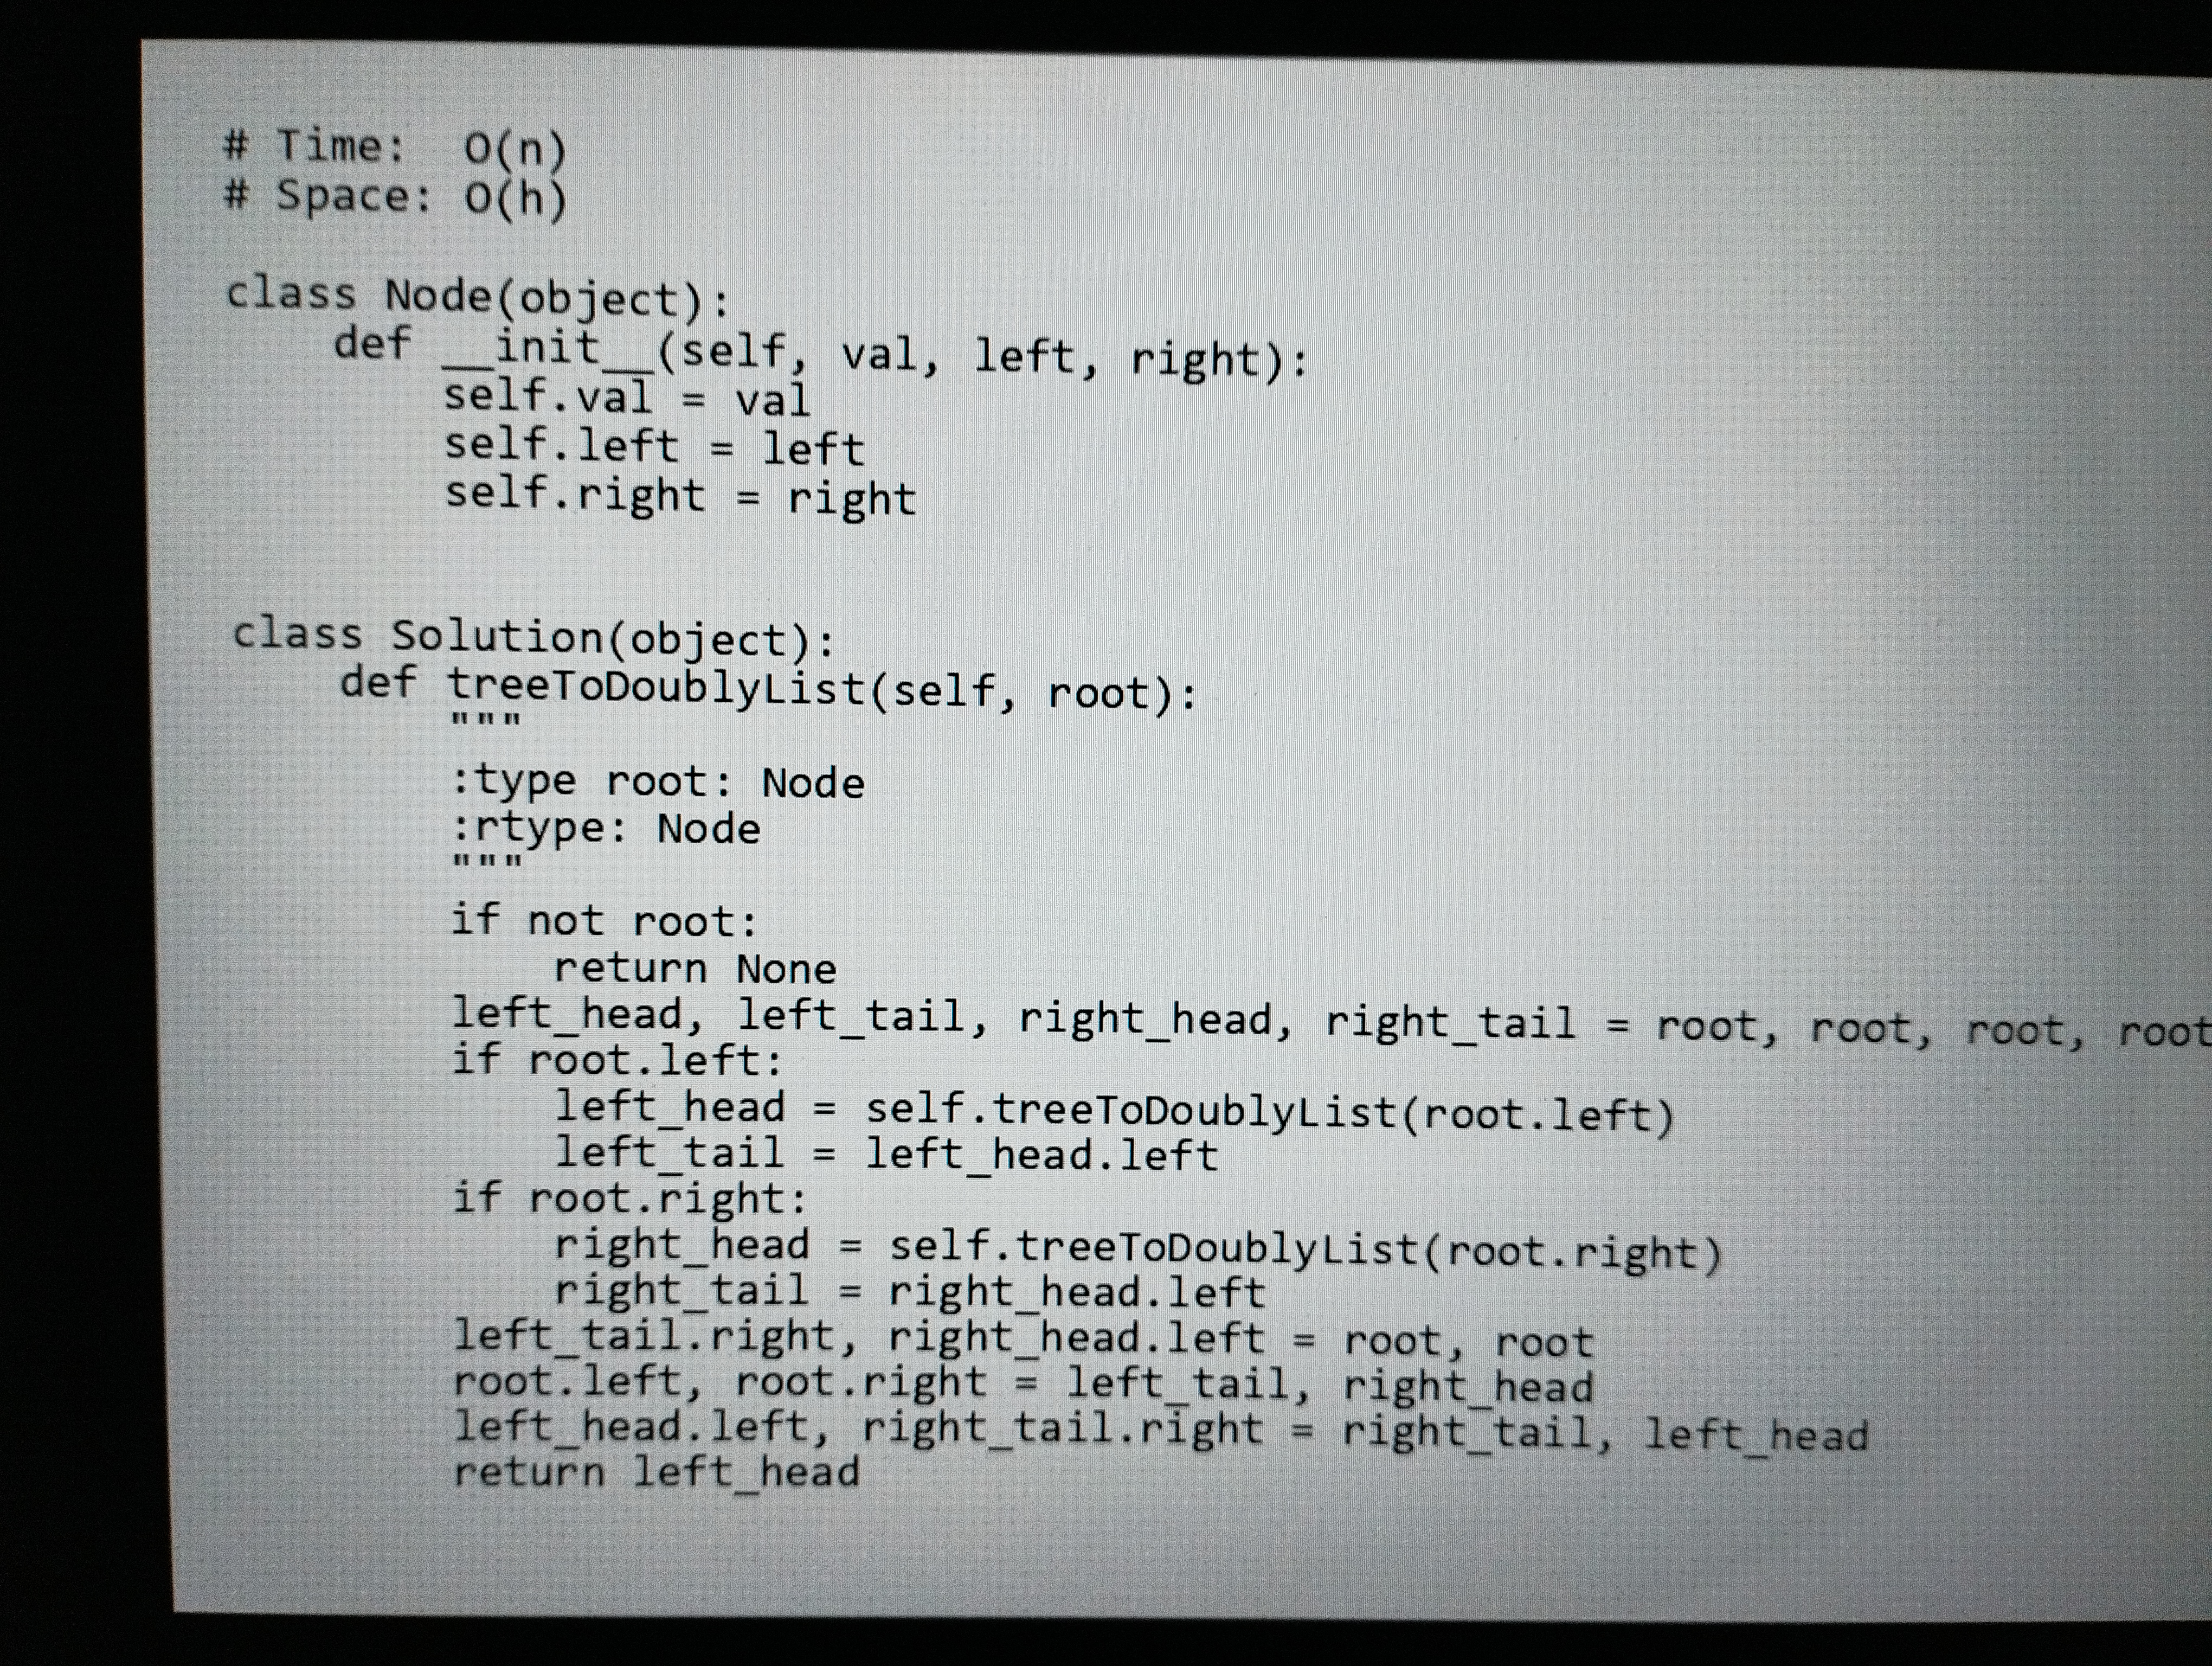
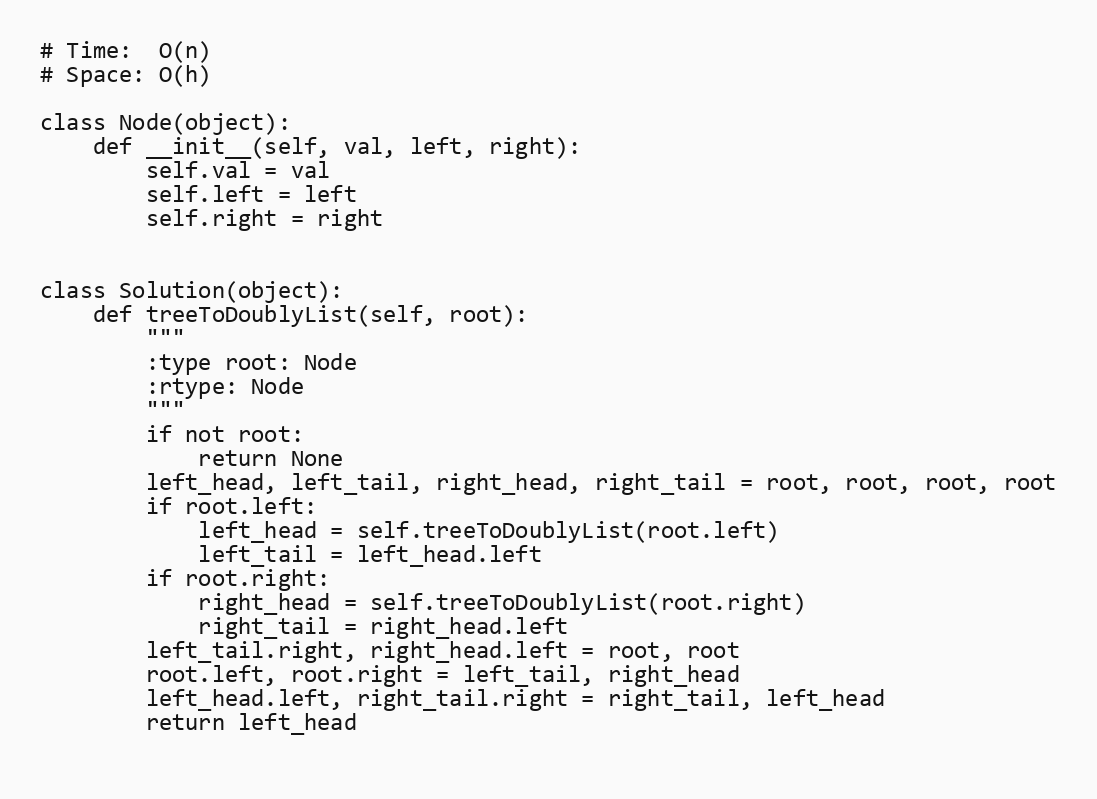
# Time:  O(n)
# Space: O(h)

class Node(object):
    def __init__(self, val, left, right):
        self.val = val
        self.left = left
        self.right = right

class Solution(object):
    def treeToDoublyList(self, root):
        """
        :type root: Node
        :rtype: Node
        """
        if not root:
            return None
        left_head, left_tail, right_head, right_tail = root, root, root, root
        if root.left:
            left_head = self.treeToDoublyList(root.left)
            left_tail = left_head.left
        if root.right:
            right_head = self.treeToDoublyList(root.right)
            right_tail = right_head.left
        left_tail.right, right_head.left = root, root
        root.left, root.right = left_tail, right_head
        left_head.left, right_tail.right = right_tail, left_head
        return left_head